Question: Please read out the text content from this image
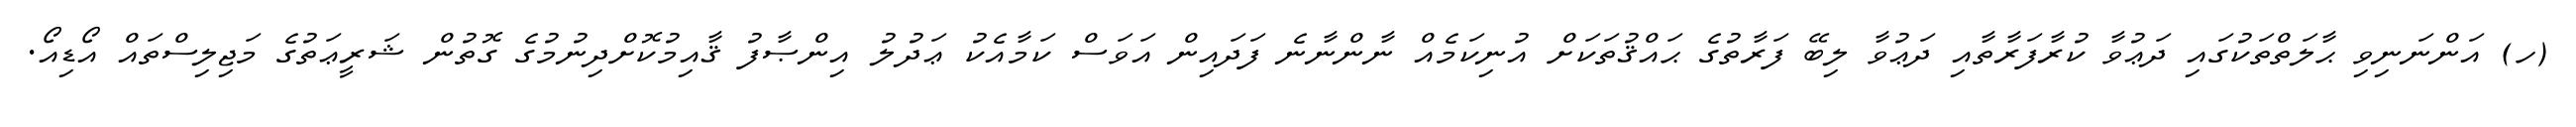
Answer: (ހ) އަންނަނިވި ޙާލަތްތަކުގައި ދަޢުވާ ކުރާފަރާތާއި ދަޢުވާ ލިބޭ ފަރާތުގެ ޙައްޤުތަކަށް އުނިކަމެއް ނާންނާނެ ފަދައިން އަވަސް ކަމާއެކު ޢަދުލު އިންޞާފު ޤާއިމުކޮށްދިނުމުގެ ގޮތުން ޝަރީޢަތުގެ މަޖިލިސްތައް އޯޑިއޯ.